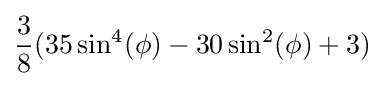
{\frac {3}{8}}(35\sin ^{4}(\phi )-30\sin ^{2}(\phi )+3)